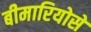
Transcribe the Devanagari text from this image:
बीमारियोसे